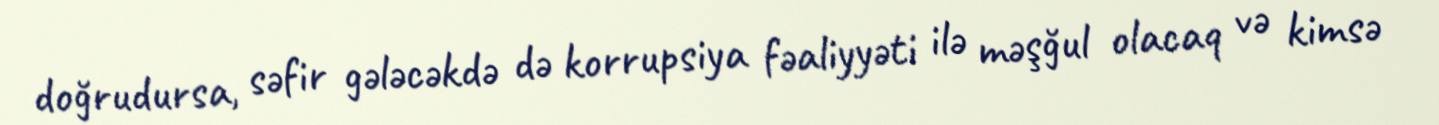
doğrudursa, səfir gələcəkdə də korrupsiya fəaliyyəti ilə məşğul olacaq və kimsə